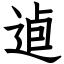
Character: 逌